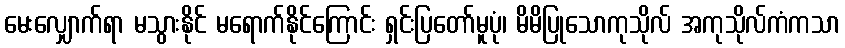
မေးလျှောက်ရာ မသွားနိုင် မရောက်နိုင်ကြောင်း ရှင်းပြတော်မူပုံ၊ မိမိပြုသောကုသိုလ် အကုသိုလ်ကံကသာ